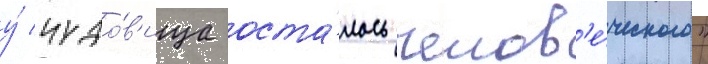
у́ чудо́в'ища оста́лось челов'е́ческого"